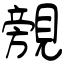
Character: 覫